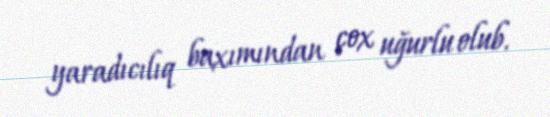
yaradıcılıq baxımından çox uğurlu olub.